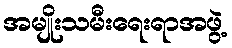
အမျိုးသမီးရေးရာအဖွဲ့